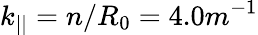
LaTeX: k_{||}=n/R_{0}=4.0m^{-1}